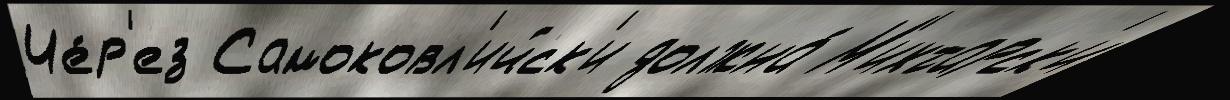
Че́р'ез Самоковл'ийск'и должна́ М'ихтарск'и